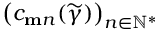
\big ( c _ { \mathbf { m } n } ( \widetilde { \gamma } ) \big ) _ { n \in \mathbb { N } ^ { * } }